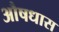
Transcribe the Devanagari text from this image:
औषधास